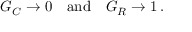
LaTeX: G _ { C } \to 0 \quad { \mathrm { a n d } } \quad G _ { R } \to 1 \, .